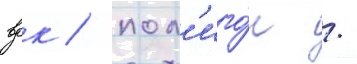
вдк / пол'иго́н /